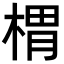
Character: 𣖜